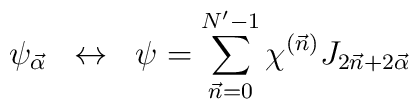
\psi_{\vec\alpha} \;\; \leftrightarrow \;\;\psi=\sum_{\vec{n}=0}^{N'-1}\chi^{(\vec{n})}J_{2\vec{n}+2\vec{\alpha}}